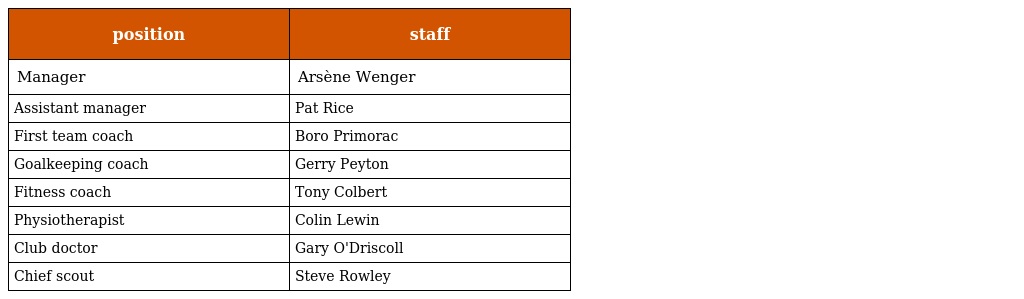
| position | staff |
 | --- | --- |
 | Manager | Arsène Wenger |
 | Assistant manager | Pat Rice |
 | First team coach | Boro Primorac |
 | Goalkeeping coach | Gerry Peyton |
 | Fitness coach | Tony Colbert |
 | Physiotherapist | Colin Lewin |
 | Club doctor | Gary O'Driscoll |
 | Chief scout | Steve Rowley |